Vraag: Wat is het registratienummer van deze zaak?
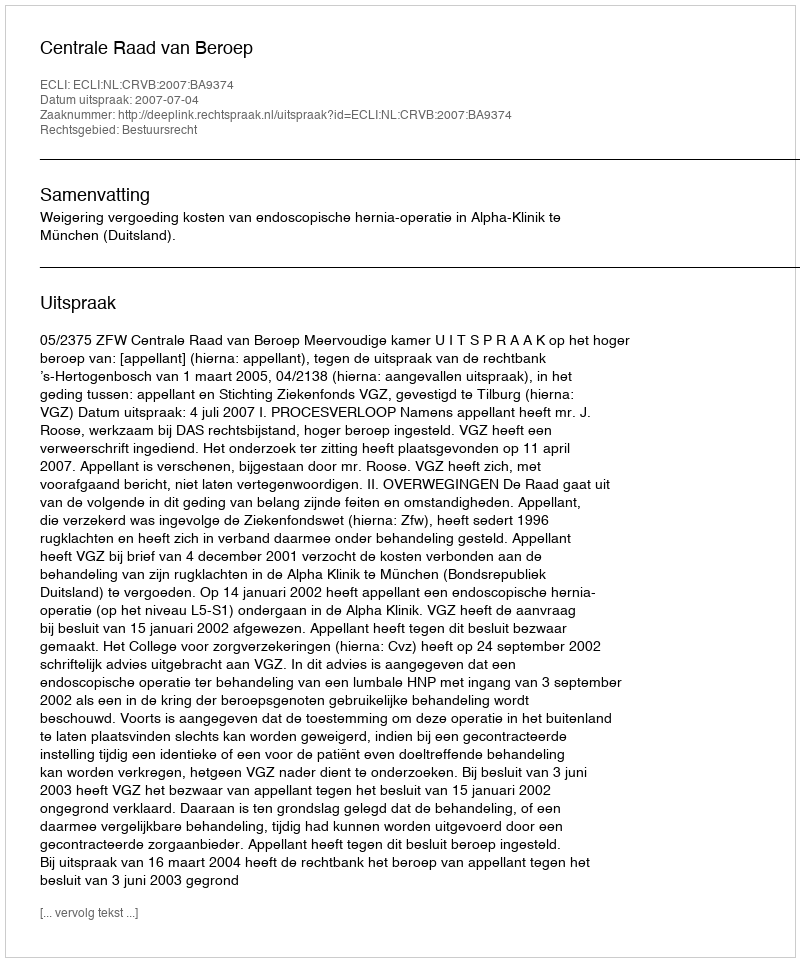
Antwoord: http://deeplink.rechtspraak.nl/uitspraak?id=ECLI:NL:CRVB:2007:BA9374